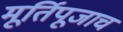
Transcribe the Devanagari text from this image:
मूर्तिपूजाच